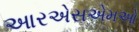
આરએસએમઓ